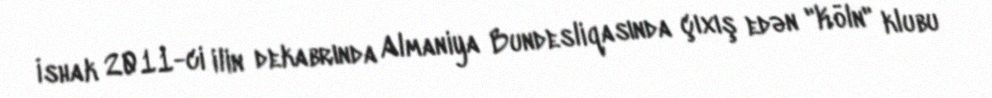
İshak 2011-ci ilin dekabrında Almaniya Bundesliqasında çıxış edən "Köln" klubu